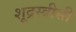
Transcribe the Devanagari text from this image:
शूद्रस्त्रीसी